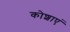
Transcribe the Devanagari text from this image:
कोशाएं